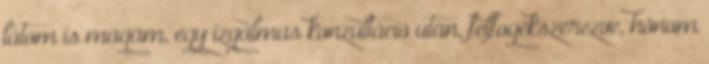
látom is magam, egy izgalmas konzultáció után, felfogékszerezve, hónom